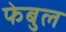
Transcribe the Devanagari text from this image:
फेबुल